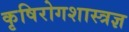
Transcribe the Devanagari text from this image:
कृषिरोगशास्त्रज्ञ